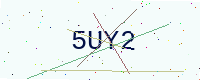
Text: 5UY2